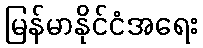
မြန်မာနိုင်ငံအရေး